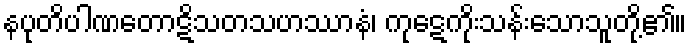
နပုတိပါဏတောဋိသတသဟဿာနံ၊ ကုဋေကိုးသန်းသောသူတို့၏။